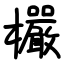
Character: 欕